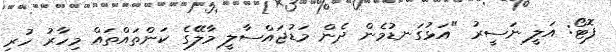
ފޮޓޯ: އަލީ ނަސީރު "އަޅުގަނޑުމެން ދެން މަޑުޖައްސާލީ މާލޭގެ ކަންތައްތައް މިހާރު ހުރި